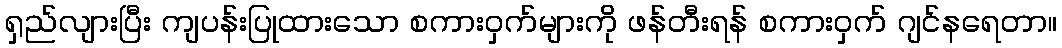
ရှည်လျားပြီး ကျပန်းပြုထားသော စကားဝှက်များကို ဖန်တီးရန် စကားဝှက် ဂျင်နရေတာ။